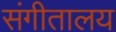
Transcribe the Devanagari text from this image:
संगीतालय